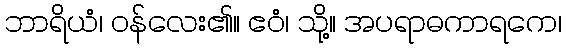
ဘာရိယံ၊ ဝန်လေး၏။ ဧဝံ၊ သို့။ အပရာဓကာရကေ၊